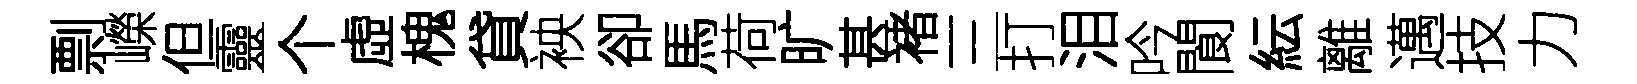
剽嶸但靈个虛槐貸䘧卻馬荷旷甚褚三打泪吟閬紜離邁技力